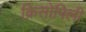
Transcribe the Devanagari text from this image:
क्रिसोपिली